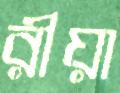
রীয়া